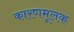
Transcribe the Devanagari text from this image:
कारणमूलक